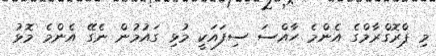
މި ޕްރޮގްރާމްގެ އެންމެ ހާއްސަ ސިފައަކީ މުޅި ގައުމުން ނެގޭ އެންމެ މޮޅު